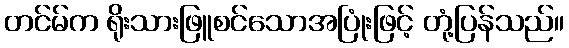
တင်မ်က ရိုးသားဖြူစင်သောအပြုံးဖြင့် တုံ့ပြန်သည်။